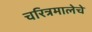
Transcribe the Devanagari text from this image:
चरित्रमालेचे